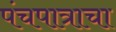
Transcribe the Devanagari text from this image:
पंचपात्राचा